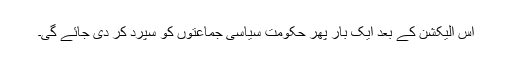
اس الیکشن کے بعد ایک بار پھر حکومت سیاسی جماعتوں کو سپرد کر دی جائے گی۔